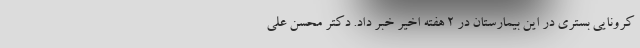
کرونایی بستری در این بیمارستان در ۲ هفته اخیر خبر داد. دکتر محسن علی